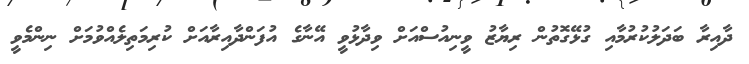
ދާއިރާ ބަދަލުކުރުމާއި ގުޅޭގޮތުން ރިޔާޒު ވީނިއުސްއަށް ވިދާޅުވީ އޭނާގެ އުފަންދާއިރާއަށް ކުރިމަތިލެއްވުމަށް ނިންމެވީ